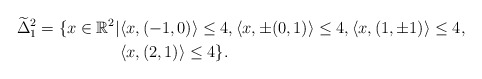
\begin{align*} \widetilde{\Delta}^2_1 =\{x\in\mathbb{R}^2|&\langle x,(-1,0)\rangle\leq4,\langle x,\pm(0,1)\rangle\leq4,\langle x,(1,\pm1)\rangle\leq4, \\&\langle x,(2,1)\rangle\leq4 \}.\end{align*}